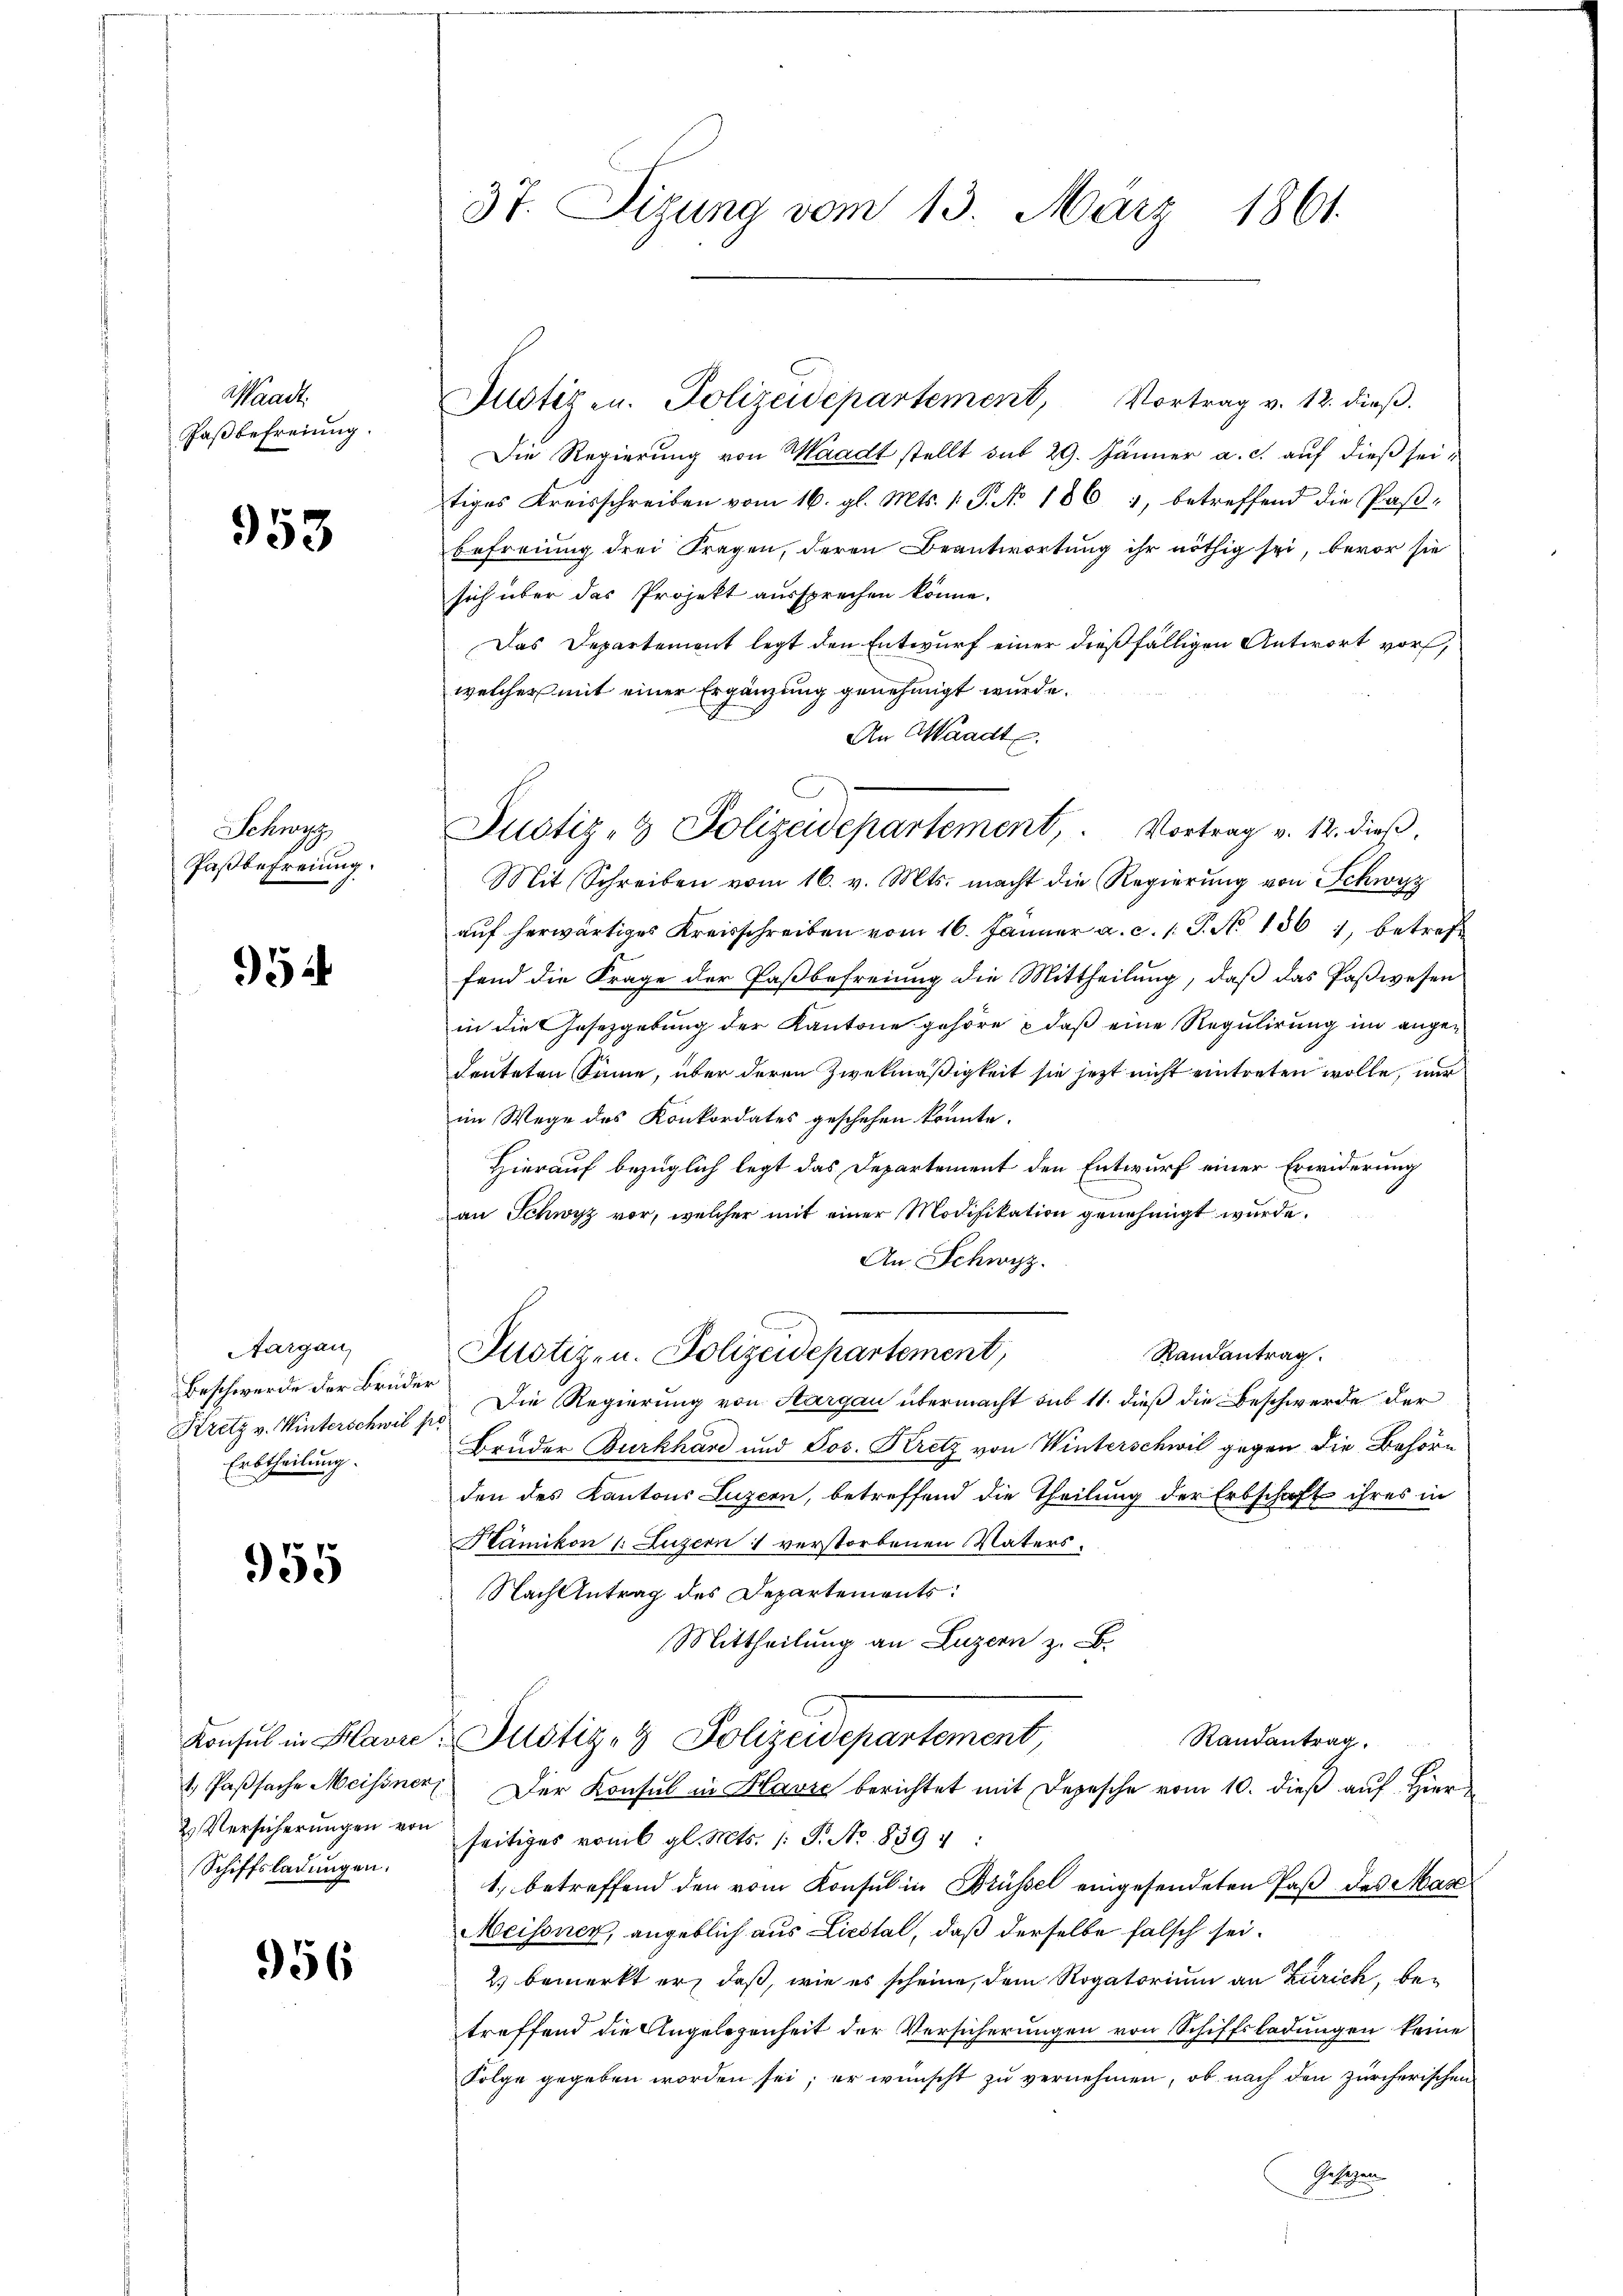
Waadt
Paßbefreiung.

953

Schwyz
Paßbefreiung.

954

Aargau,
Beschwerde der Brüder
Erbtheilung.

955

Schiffsladungen.

956

37. Sizung vom 13. März 1861.

Justiz- & Polizeidepartement, Vortrag v. 12. dieß.

Justiz- u. Polizeidepartement, Vortrag v. 12. dieβ.
Die Regierung von Waadt stellt sub 29. Jänner a. c. auf dieß seitiges Kreisschreiben vom 16. gl. Mts. 1. P. No 1861, betreffend die Paßbefreiung drei Fragen, deren Beantwortung ihr nöthig sei, bevor sie
sich über das Projekt aussprechen könne.
Das Departemont legt den Entwurf einer dießfälligen Antwort vor,
welcher mit einer Ergänzung genehmigt wurde.
An Waadt.
Mit Schreiben vom 16. v. Mts. macht die Regierung von Schwyz
auf herwärtiges Kreisschreiben vom 16. Jänner a. c. 1. P. No. 1861, betreff
fend die Frage der Paßbefreiung die Mittheilŭng, daβ das Paβwesen
in die Gesetzgebung der Kantone gehöre & daß eine Regulirung im angedeuteten Sinne, über deren Zweckmäßigkeit sie jetzt nicht eintreten wolle, nur
im Wege des Konkordates geschehen könnte.
Hierauf bezüglich legt das Departement den Entwurf einer Erwiderung
an Schwyz vor, welcher mit einer Modifikation genehmigt wurde.
An Schwyz.
Randantrag.
Justiz- u. Polizeidepartement,
Kretz v. Winterschwil p. Die Regierung von Aargau übermacht sub 11. dieß die Beschwerde der
Bruder Burkhard und Jos. Kretz von Winterschwil gegen die Behöre
den des Kantons Luzern, betreffend die Theilung der Erbschaft ihres in
Kämikon u. Luzern 1 verstorbenen Vaters.
Nach Antrag des Departements:
Mittheilung an Luzern z. B.
Randantrag.
Konsul in Klavier Justiz- & Polizeidepartement,
1. Paβsache Meissner, Der Konsul in Havre berichtet mit Depesche vom 10. dieß auf Hier
& Versicherŭngen von seitiges vom gl. Mts. 1 S. Nr. 1889 4:
1. betreffend den vom Konsul in Brüssel eingesendeten Paß des Max
Meisonen, angeblich aus Liestal, daß derselbe falsch sei.
2) bemerkt er, daß, wie es scheine, dem Rogatorium an Zürich, betreffend die Angelegenheit der Versicherungen von Schiffsladungen keine
Folge gegeben worden sei; er wünscht zu vernehmen, ob nach den zürcherischen
Gelegen